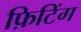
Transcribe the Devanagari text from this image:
फ़िटिंग